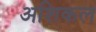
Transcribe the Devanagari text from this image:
अशिकल